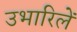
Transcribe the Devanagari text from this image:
उभारिलें